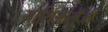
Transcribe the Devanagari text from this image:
सोसिओलॅजी